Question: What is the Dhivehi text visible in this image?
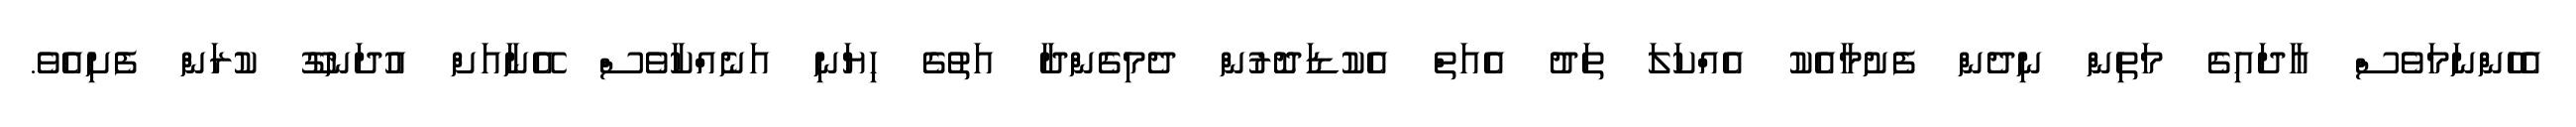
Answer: އެހެންނަމަވެސް އާދައިގެ މަތިން ނިދެން ފެށުމާއެކު އެއްކަލަ ތަދު އެއަތް އެކުޑަދޮރުން ދެމިގެންދާ އަތުގެ ހިޔަނި އަނެއްކާވެސް އޭނާއަށް އުދަނގޫ ކުރަން ފެށިއެވެ.